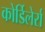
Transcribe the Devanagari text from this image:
कोर्डिलेर्रा